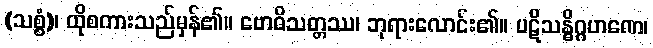
(သစ္စံ)၊ ထိုစကားသည်မှန်၏။ ဗောဓိသတ္တဿ၊ ဘုရားလောင်း၏။ ပဋိသန္ဓိဂ္ဂဟဏေ၊